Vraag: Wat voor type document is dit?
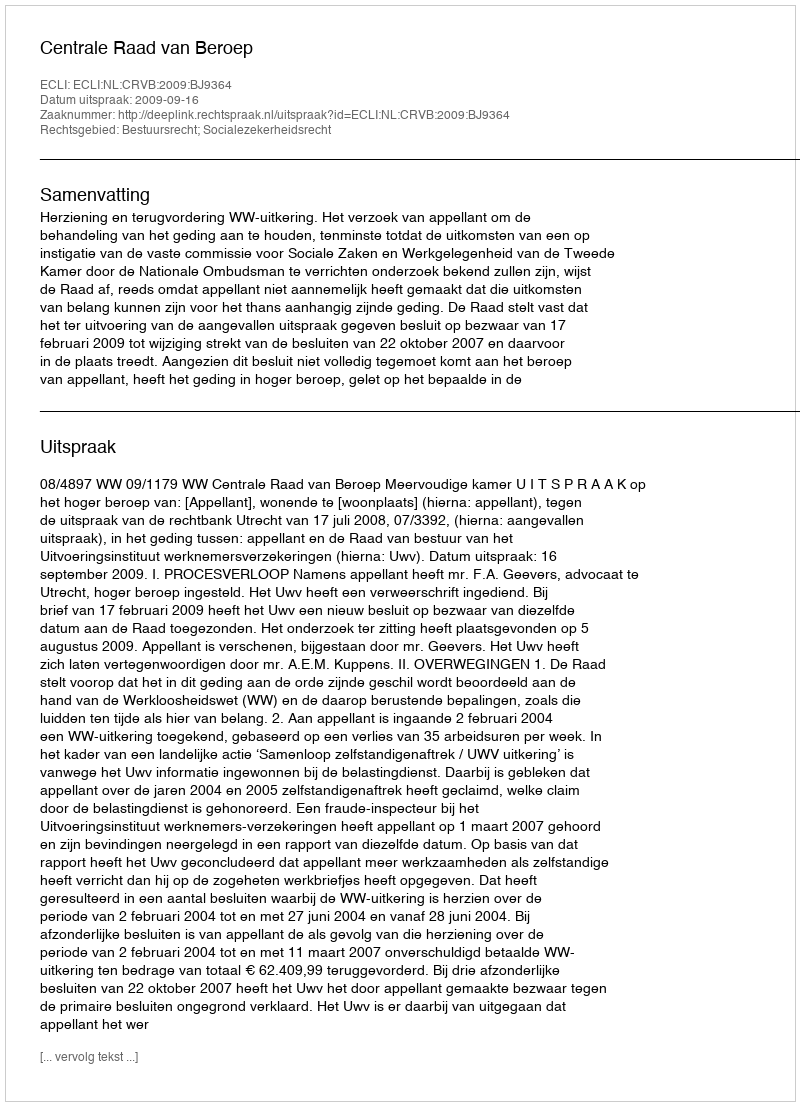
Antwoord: Uitspraak